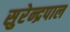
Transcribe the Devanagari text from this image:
सुरेन्द्रपाल